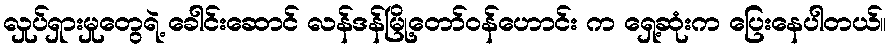
လှုပ်ရှားမှုတွေရဲ့ ခေါင်းဆောင် လန်ဒန်မြို့တော်ဝန်ဟောင်း က ရှေ့ဆုံးက ပြေးနေပါတယ်။